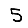
Digit: 5